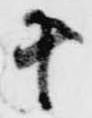
十